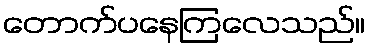
တောက်ပနေကြလေသည်။